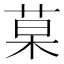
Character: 菒